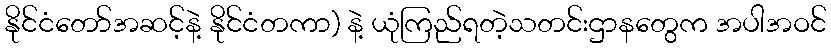
နိုင်ငံတော်အဆင့်နဲ့ နိုင်ငံတကာ) နဲ့ ယုံကြည်ရတဲ့သတင်းဌာနတွေက အပါအဝင်